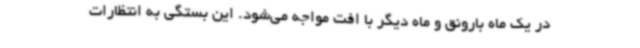
در یک ماه بارونق و ماه دیگر با افت مواجه می‌شود. این بستگی به انتظارات